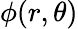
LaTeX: \phi(r,\theta)